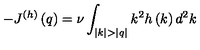
- J ^ { ( h ) } \left( q \right) = \nu \int _ { | k | > | q | } { k ^ { 2 } h \left( k \right) d ^ { 2 } k }